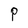
Character: P